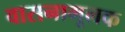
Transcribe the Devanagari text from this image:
वासनामूलक